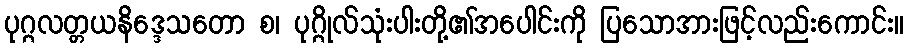
ပုဂ္ဂလတ္တယနိဒ္ဒေသတော စ၊ ပုဂ္ဂိုလ်သုံးပါးတို့၏အပေါင်းကို ပြသောအားဖြင့်လည်းကောင်း။